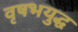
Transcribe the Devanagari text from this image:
वृषभयुद्ध